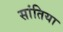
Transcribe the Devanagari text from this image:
सांतिया